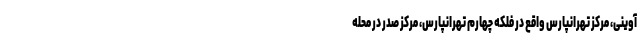
آوینی، مرکز تهرانپارس واقع در فلکه چهارم تهرانپارس، مرکز صدر در محله